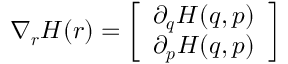
\nabla _ { \boldsymbol { r } } H ( { \boldsymbol { r } } ) = { \left[ \begin{array} { l } { \partial _ { \boldsymbol { q } } H ( { \boldsymbol { q } } , { \boldsymbol { p } } ) } \\ { \partial _ { \boldsymbol { p } } H ( { \boldsymbol { q } } , { \boldsymbol { p } } ) } \end{array} \right] }